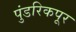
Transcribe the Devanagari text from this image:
पुंडरिकपूर